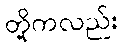
တို့ကလည်း